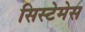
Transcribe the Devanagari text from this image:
सिस्टेमेस